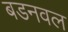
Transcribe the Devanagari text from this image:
बडनवल